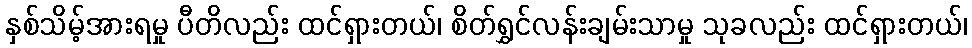
နှစ်သိမ့်အားရမှု ပီတိလည်း ထင်ရှားတယ်၊ စိတ်ရွှင်လန်းချမ်းသာမှု သုခလည်း ထင်ရှားတယ်၊